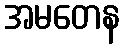
အမတေန